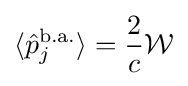
\langle {\hat {p}}_{j}^{\mathrm {b.a.} }\rangle ={\frac {2}{c}}{\mathcal {W}}